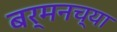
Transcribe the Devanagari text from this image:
बर्मनच्या